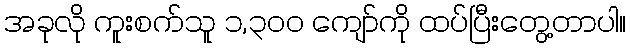
အခုလို ကူးစက်သူ ၁,၃၀၀ ကျော်ကို ထပ်ပြီးတွေ့တာပါ။